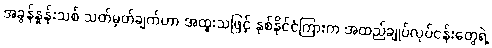
အခွန်နှုန်းသစ် သတ်မှတ်ချက်ဟာ အထူးသဖြင့် နှစ်နိုင်ငံကြားက အထည်ချုပ်လုပ်ငန်းတွေရဲ့